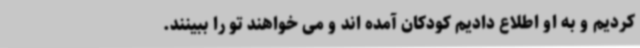
کردیم و به او اطلاع دادیم کودکان آمده اند و می خواهند تو را ببینند.